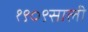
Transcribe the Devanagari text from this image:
१९०९साली